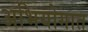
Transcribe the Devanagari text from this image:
अभियोगात